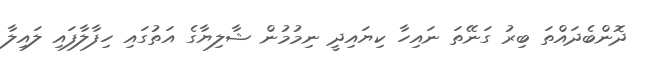
ދޮންބެދައްތަ ބިރު ގަނޭތަ ނައިހާ ކިޔައިދީ ނިމުމުން ޝާލިޔާގެ އަތުގައި ހިފާލާފައި ލައިލާ